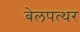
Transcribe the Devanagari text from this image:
बेलपत्थर